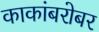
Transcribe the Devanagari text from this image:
काकांबरोबर